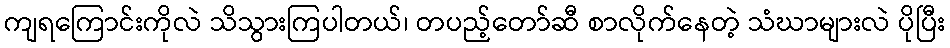
ကျရကြောင်းကိုလဲ သိသွားကြပါတယ်၊ တပည့်တော်ဆီ စာလိုက်နေတဲ့ သံဃာများလဲ ပိုပြီး